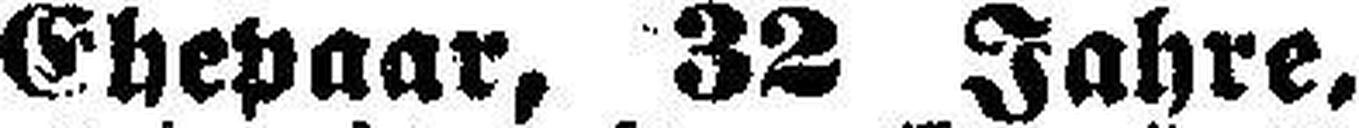
Ehepaar, 38 Jahre,